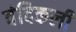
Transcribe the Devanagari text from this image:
वंदिकली